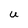
Character: U